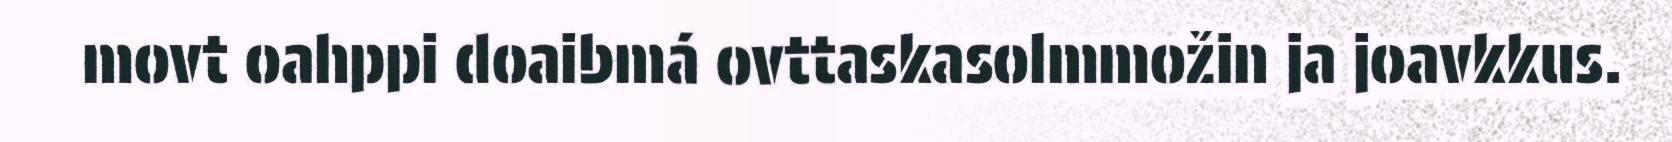
movt oahppi doaibmá ovttaskasolmmožin ja joavkkus.